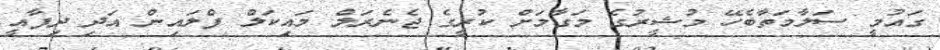
ގައުމީ ސަލާމަތާބެހޭ މުޝީރުގެ މަގާމަށް ކުރީގެ ޖެނެރަލް މައިކަލް ފްލައިން އަދި ދިފާއީ